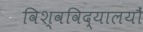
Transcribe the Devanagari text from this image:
विश्वविद्यालयौं